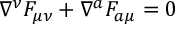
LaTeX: \nabla ^ { \nu } F _ { \mu \nu } + \nabla ^ { a } F _ { a \mu } = 0